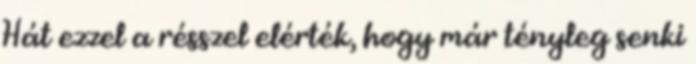
Hát ezzel a résszel elérték, hogy már tényleg senki